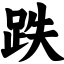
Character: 跌